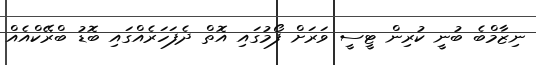
ނިޒާމްބެ ބުނީ ކުރިން ޓީސީ ވަރަށް ފޯމުގައި އޮތް ދެފަހަރެއްގައި ބޮޑު ބްރޭކްއެއް